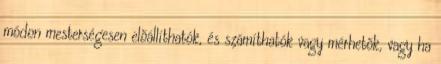
módon mesterségesen elõállíthatók, és számíthatók vagy mérhetõk, vagy ha